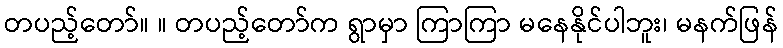
တပည့်တော်။ ။ တပည့်တော်က ရွာမှာ ကြာကြာ မနေနိုင်ပါဘူး၊ မနက်ဖြန်